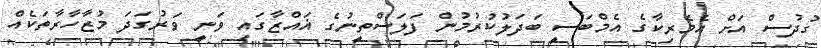
ގުދުސް އަށް އެމެރިކާގެ އެމްބަސީ ބަދަލުކުރުމުން ފަލަސްތީނުގެ ޣައްޒާގައި ވަނީ ވަރުގަދަ މުޒާހާރާތަކެއް